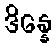
ဒိန္နေ